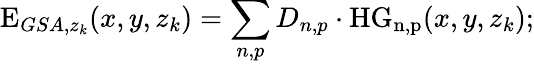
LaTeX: \mathrm{E}_{GSA,z_{k}}(x,y,z_{k})=\sum_{n,p}D_{n,p}\cdot\mathrm{HG_{n,p}}(x,y,z_{k});